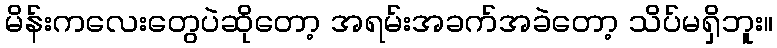
မိန်းကလေးတွေပဲဆိုတော့ အရမ်းအခက်အခဲတော့ သိပ်မရှိဘူး။